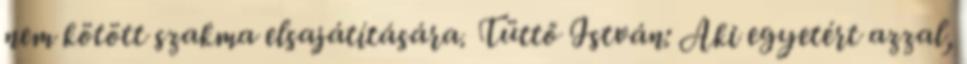
nem kötött szakma elsajátítására. Tüttő István: Aki egyetért azzal,